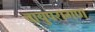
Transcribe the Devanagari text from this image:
वायुपरागण